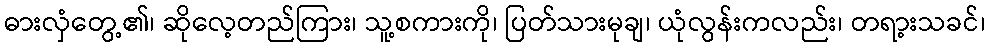
ဓားလှံတွေ့၏၊ ဆိုလေ့တည်ကြား၊ သူ့စကားကို၊ ပြတ်သားမုချ၊ ယုံလွန်းကလည်း၊ တရာ့းသခင်၊